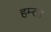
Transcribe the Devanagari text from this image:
हम्ता